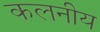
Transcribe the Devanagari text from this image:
कलनीय